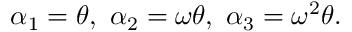
\alpha _ { 1 } = \theta , \ \alpha _ { 2 } = \omega \theta , \ \alpha _ { 3 } = \omega ^ { 2 } \theta .